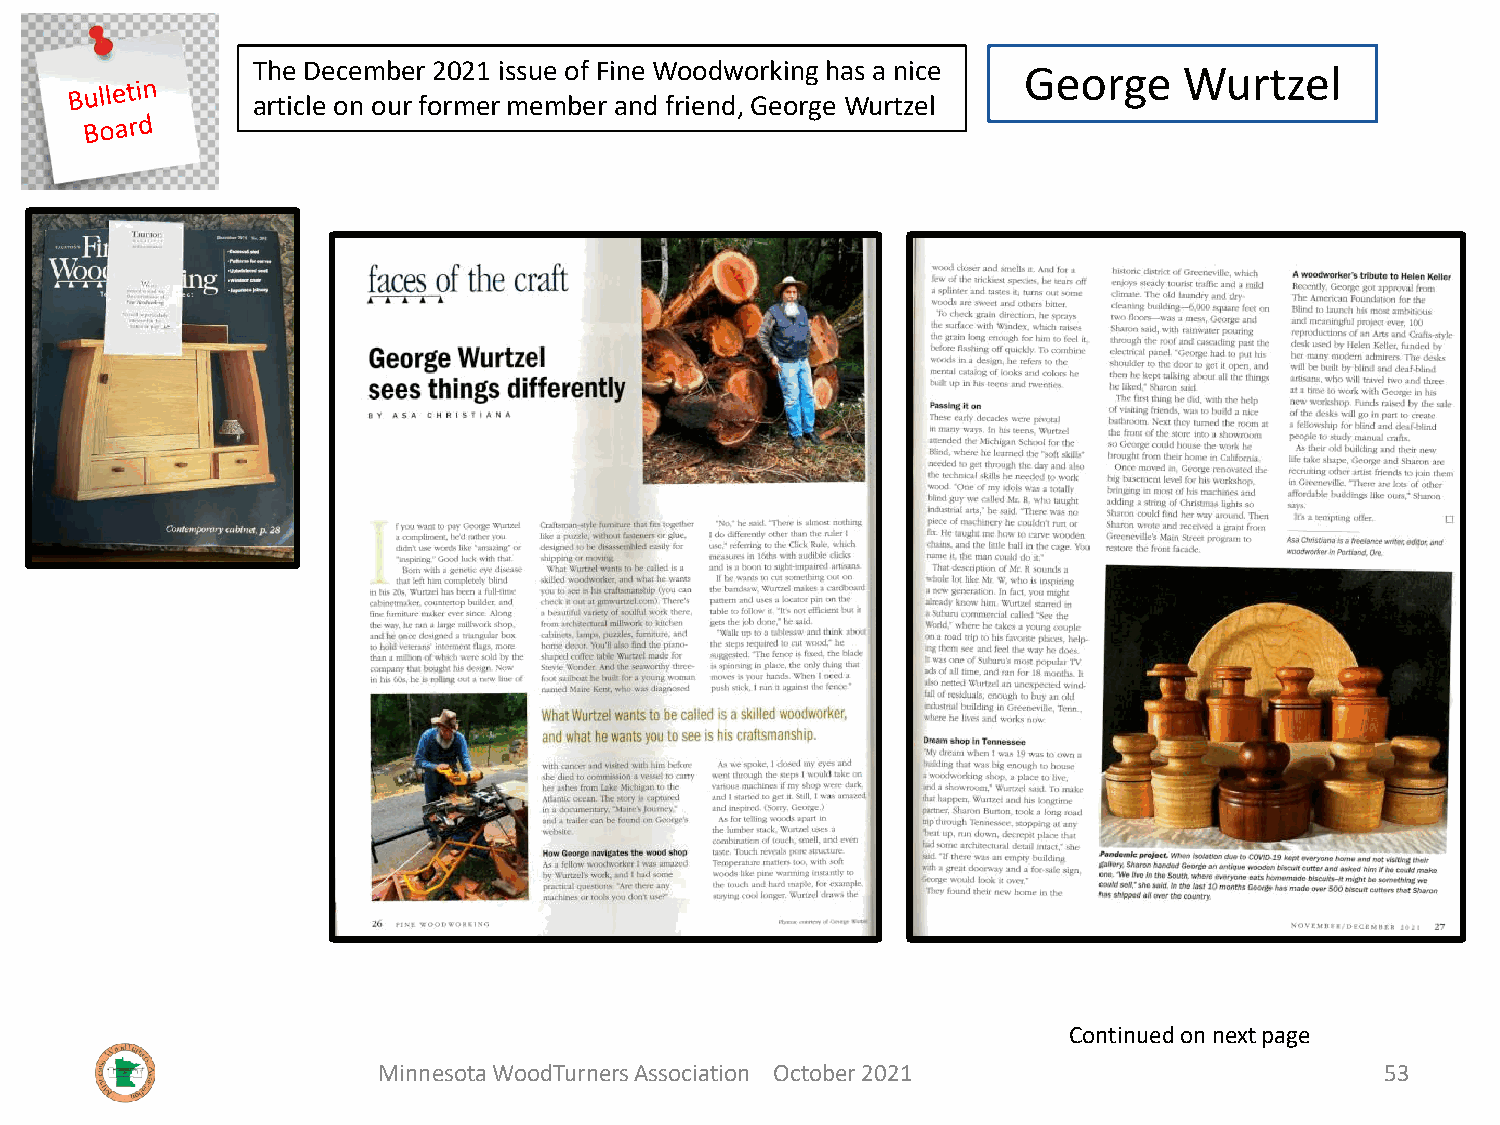
The December 2021 issue of Fine Woodworking has a nice George Wurtzel
 article on our former member and friend, George Wurtzel
 Continued on next page
 Minnesota WoodTurners Association October 2021                     53